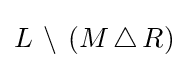
L\,\setminus \,(M\,\triangle \,R)